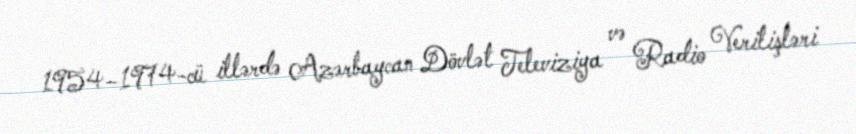
1954–1974-cü illərdə Azərbaycan Dövlət Televiziya və Radio Verilişləri